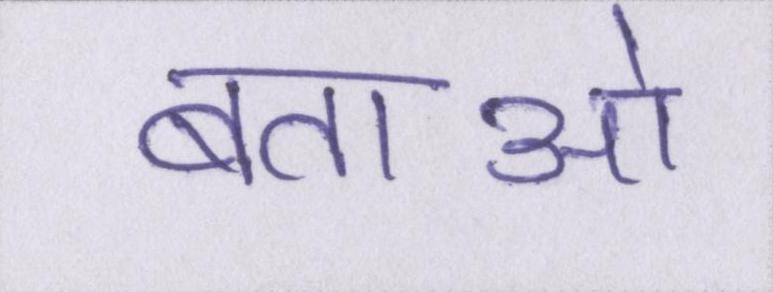
बताओ